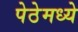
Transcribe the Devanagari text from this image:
पेठेमध्ये